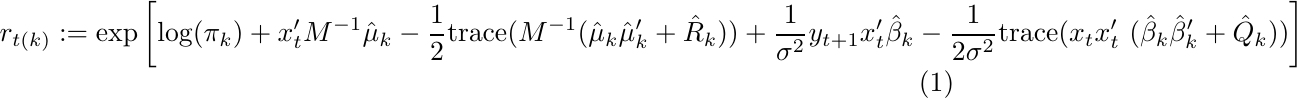
\begin{equation}
    \label{rtk}
    r_{t(k)}:=\text{exp} \left[ \text{log} (\pi_k) + x_t'M^{-1} \hat{\mu}_k - \frac{1}{2} \text{trace}(M^{-1} (\hat{\mu}_k \hat{\mu}_k'+\hat{R}_k))
    +  \frac{1}{\sigma^2} y_{t+1} x_t' \hat{\beta}_k - \frac{1}{2 \sigma^2} \text{trace}(x_tx_t' \ (\hat{\beta}_k \hat{\beta}_k'+\hat{Q}_k)) \right]
\end{equation}